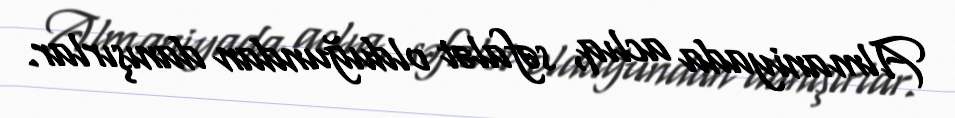
Almaniyada aclıq, səfalət olduğundan danışırlar.